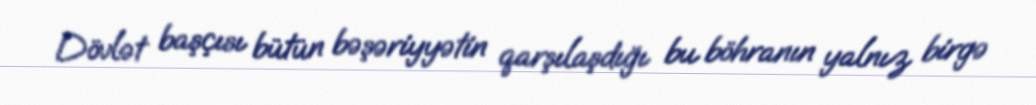
Dövlət başçısı bütün bəşəriyyətin qarşılaşdığı bu böhranın yalnız birgə